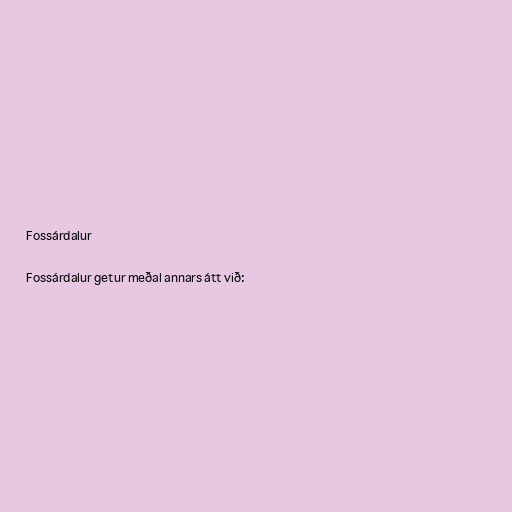
Fossárdalur

Fossárdalur getur meðal annars átt við: